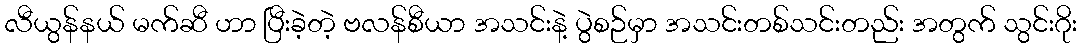
လီယွန်နယ် မက်ဆီ ဟာ ပြီးခဲ့တဲ့ ဗလန်စီယာ အသင်းနဲ့ ပွဲစဉ်မှာ အသင်းတစ်သင်းတည်း အတွက် သွင်းဂိုး